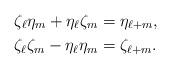
LaTeX: \begin{align*}\zeta_\ell\eta_m+\eta_\ell\zeta_m={}&\eta_{\ell +m},\\\zeta_\ell\zeta_m-\eta_{\ell}\eta_{m}={}&\zeta_{\ell +m}.\end{align*}